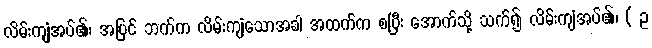
လိမ်းကျံအပ်၏၊ အပြင် ဘက်က လိမ်းကျံသောအခါ အထက်က စပြီး အောက်သို့ သက်၍ လိမ်းကျံအပ်၏၊ ( ဥ